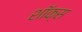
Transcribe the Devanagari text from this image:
शॉक्स